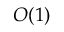
{ \cal O } ( 1 )